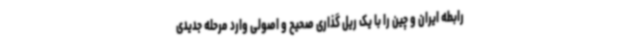
رابطه ایران و چین را با یک ریل گذاری صحیح و اصولی وارد مرحله جدیدی